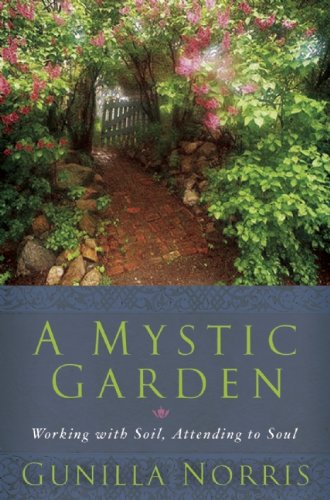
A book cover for A Mystic Garden: Working with Soil, Attending to Soul; Gunilla Norris; Crafts, Hobbies & Home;